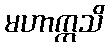
မဟာဣသိ